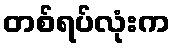
တစ်ရပ်လုံးက